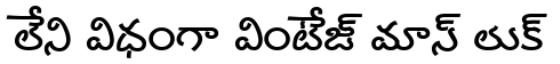
లేని విధంగా వింటేజ్ మాస్ లుక్